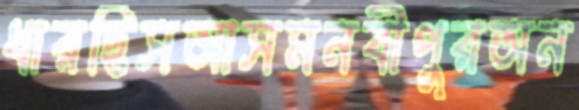
ধারছিসআসমনবীপুরঅন